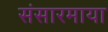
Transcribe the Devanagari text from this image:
संसारमाया